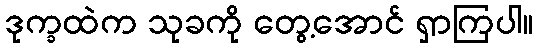
ဒုက္ခထဲက သုခကို တွေ့အောင် ရှာကြပါ။